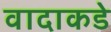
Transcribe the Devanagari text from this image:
वादाकडे